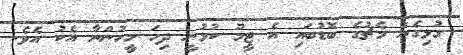
ގުޅިގެން މެޗުގެ ބޮޑުބައި އެ ޓީމު ކުޅުނީ ދިހަ މީހުންނާ އެކު އެވެ.